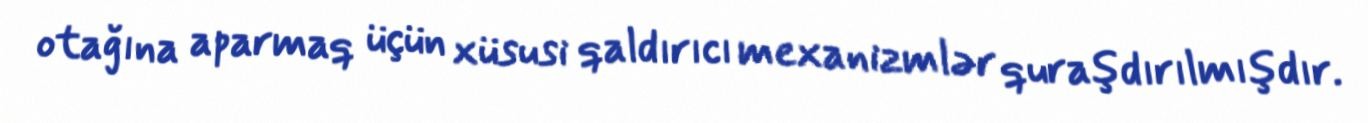
otağına aparmaq üçün xüsusi qaldırıcı mexanizmlər quraşdırılmışdır.